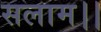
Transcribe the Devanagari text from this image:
सलाम।।